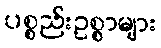
ပစ္စည်းဥစ္စာများ